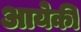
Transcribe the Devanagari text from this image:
आयेकी